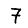
Digit: 7